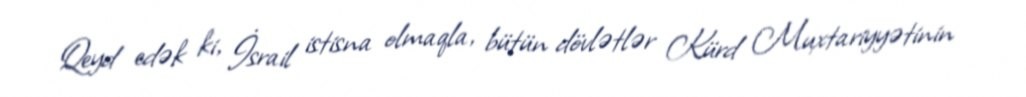
Qeyd edək ki, İsrail istisna olmaqla, bütün dövlətlər Kürd Muxtariyyətinin